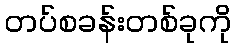
တပ်စခန်းတစ်ခုကို